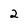
Character: 2